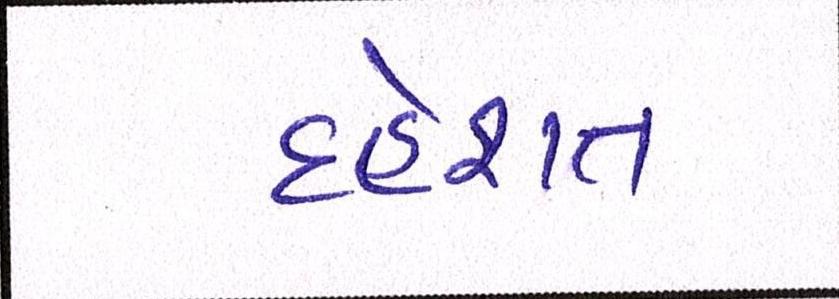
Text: દહેશત